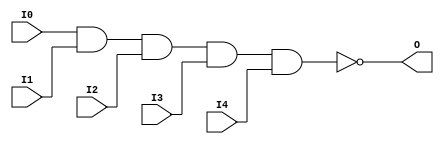
module NAND5 (O, I0, I1, I2, I3, I4);

    output O;

    input  I0, I1, I2, I3, I4;

    nand A1 (O, I0, I1, I2, I3, I4);


endmodule